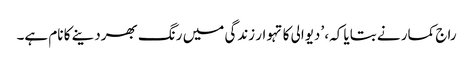
راج کمار نے بتایا کہ، ’دیوالی کا تہوار زندگی میں رنگ بھردینے کا نام ہے۔